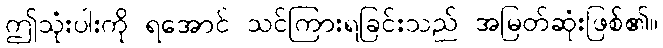
ဤသုံးပါးကို ရအောင် သင်ကြားရခြင်းသည် အမြတ်ဆုံးဖြစ်၏။